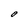
Character: O